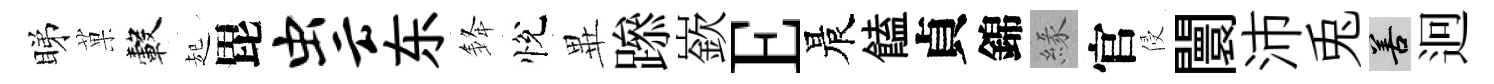
睇菓轂起毘虫云东𨦟悅𭺾𨅶嶔E晨饁貞錦緣官侵闤沛兎善迥